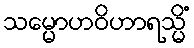
သမ္မောဟဝိဟာရသ္မိံ